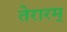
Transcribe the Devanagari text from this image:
तेरारम्‌